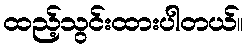
ထည့်သွင်းထားပါတယ်။